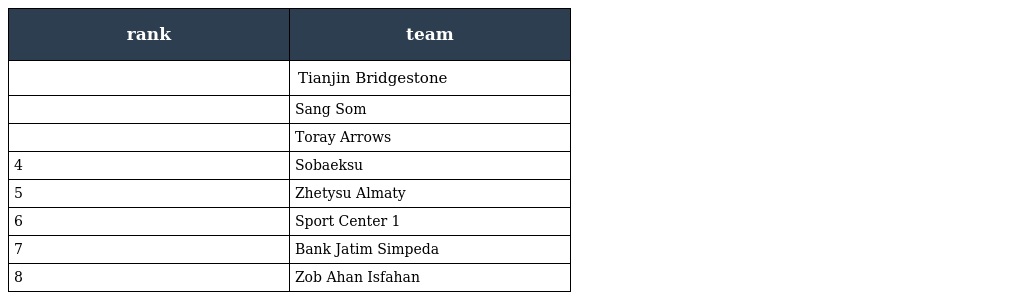
| rank | team |
 | --- | --- |
 |  | Tianjin Bridgestone |
 |  | Sang Som |
 |  | Toray Arrows |
 | 4 | Sobaeksu |
 | 5 | Zhetysu Almaty |
 | 6 | Sport Center 1 |
 | 7 | Bank Jatim Simpeda |
 | 8 | Zob Ahan Isfahan |